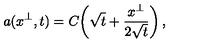
a ( x ^ { \perp } , t ) = C \! \left( \sqrt { t } + \frac { x ^ { \perp } } { 2 \sqrt { t } } \right) ,